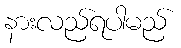
နားလည်ရပါမည်